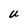
Character: U